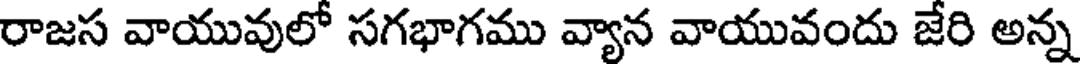
రాజస వాయువులో సగభాగము వ్యాన వాయువందు జేరి అన్న